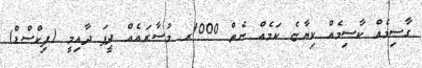
ގާސިމެއް ކާސިމެއް ކިޔާޏެ ކަމެއް ނެތް 1000ރ މުސާރައެއް ދީފަ ދާއިމީ (ފިކްސްޑް)